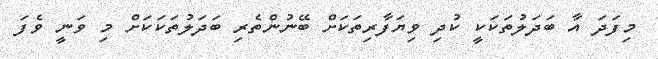
މިފަދަ އާ ބަދަލުތަކަކީ ކުދި ވިޔަފާރިތަކަށް ބޭނުންތެރި ބަދަލުތަކަކަށް މި ވަނީ ވެފަ